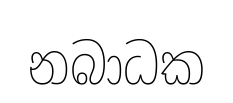
නබාධක